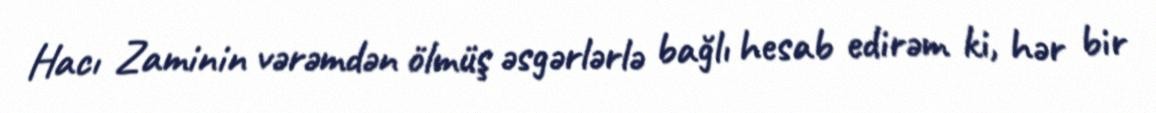
Hacı Zaminin vərəmdən ölmüş əsgərlərlə bağlı hesab edirəm ki, hər bir